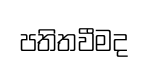
පතිතවීමද